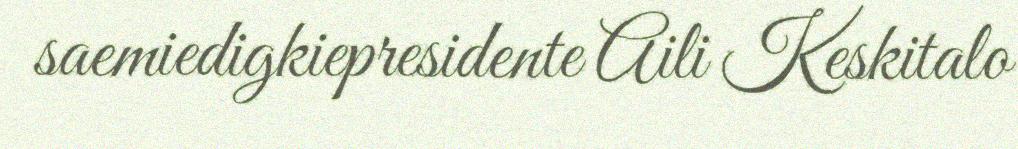
saemiedigkiepresidente Aili Keskitalo